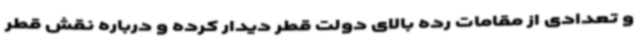
و تعدادی از مقامات رده بالای دولت قطر دیدار کرده و درباره نقش قطر